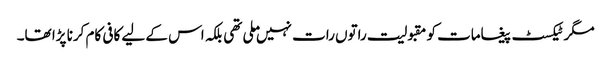
مگر ٹیکسٹ پیغامات کو مقبولیت راتوں رات نہیں ملی تھی بلکہ اس کے لیے کافی کام کرنا پڑا تھا۔